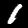
Label: 1